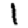
Digit: 1